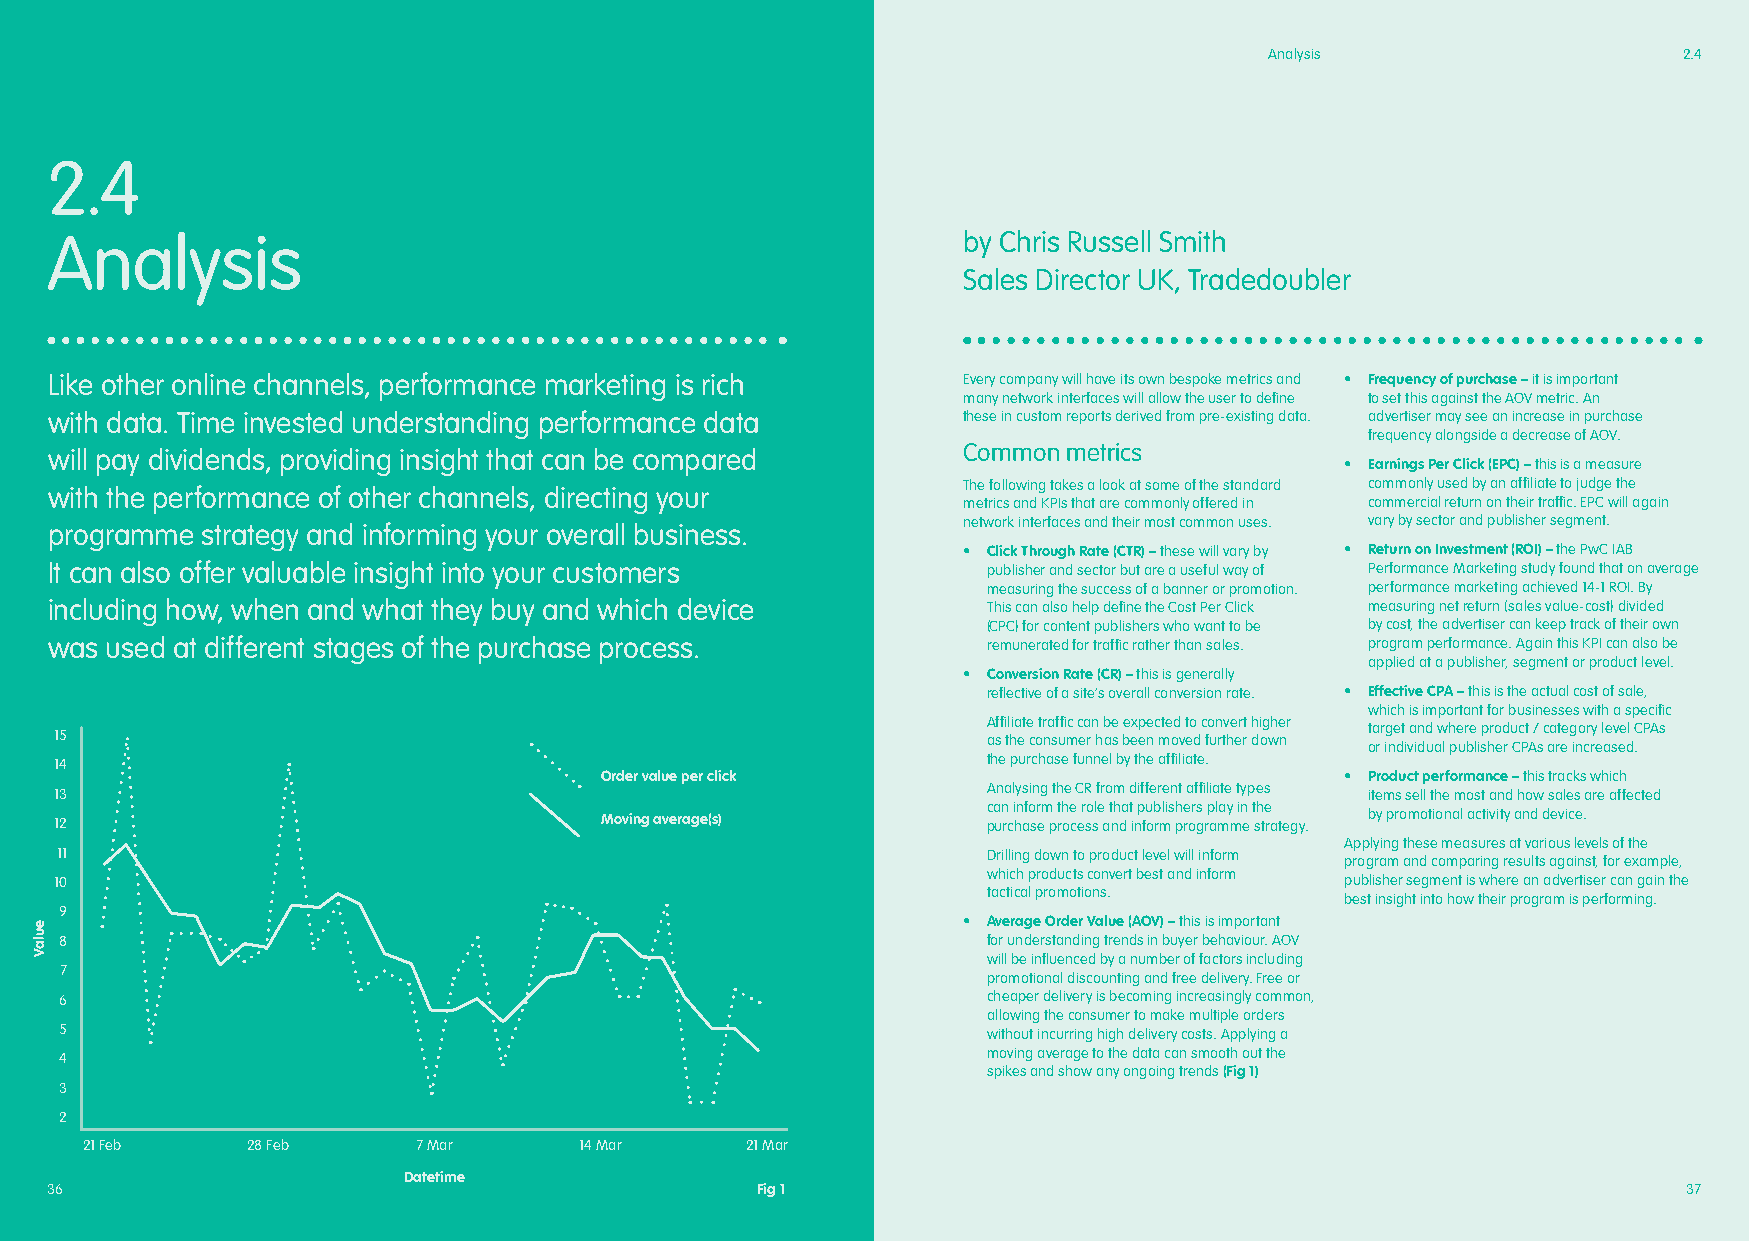
Analysis                   2.4
 2.4
 Analysis                                                     by Chris Russell Smith
 Sales Director UK, Tradedoubler
 Like other online channels, performance marketing is rich    Every company will have its own bespoke metrics and • Frequency of purchase – it is important
 many network interfaces will allow the user to define to set this against the AOV metric. An
 with data. Time invested understanding performance data      these in custom reports derived from pre-existing data. advertiser may see an increase in purchase
 frequency alongside a decrease of AOV.
 Common metrics
 will pay dividends, providing insight that can be compared
 • Earnings Per Click (EPC) – this is a measure
 The following takes a look at some of the standard commonly used by an affiliate to judge the
 with the performance of other channels, directing your
 metrics and KPIs that are commonly offered in commercial return on their traffic. EPC will again
 network interfaces and their most common uses. vary by sector and publisher segment.
 programme strategy and informing your overall business.
 • Click Through Rate (CTR) – these will vary by • Return on Investment (ROI) – the PwC IAB
 It can also offer valuable insight into your customers        publisher and sector but are a useful way of Performance Marketing study found that on average
 measuring the success of a banner or promotion. performance marketing achieved 14-1 ROI. By
 including how, when and what they buy and which device        This can also help define the Cost Per Click measuring net return (sales value-cost) divided
 (CPC) for content publishers who want to be by cost, the advertiser can keep track of their own
 was used at different stages of the purchase process.         remunerated for traffic rather than sales. program performance. Again this KPI can also be
 applied at a publisher, segment or product level.
 • Conversion Rate (CR) – this is generally
 reflective of a site’s overall conversion rate. • Effective CPA – this is the actual cost of sale,
 which is important for businesses with a specific
 Affiliate traffic can be expected to convert higher
 target and where product / category level CPAs
 15                                                           as the consumer has been moved further down
 or individual publisher CPAs are increased.
 14                                                           t he purchase funnel by the affiliate.
 Order value per click                            • Product performance – this tracks which
 13                                                           Analysing the CR from different affiliate types items sell the most and how sales are affected
 can inform the role that publishers play in the
 12                                  Moving average(s)        purchase process and inform programme strategy. by promotional activity and device.
 Applying these measures at various levels of the
 11                                                           Drilling down to product level will inform
 program and comparing results against, for example,
 which products convert best and inform
 10                                                                                   publisher segment is where an advertiser can gain the
 tactical promotions.
 best insight into how their program is performing.
 9
 • Average Order Value (AOV) – this is important
 8                                                            for understanding trends in buyer behaviour. AOV
 will be influenced by a number of factors including
 7
 promotional discounting and free delivery. Free or
 6                                                            cheaper delivery is becoming increasingly common,
 allowing the consumer to make multiple orders
 5                                                            without incurring high delivery costs. Applying a
 4                                                            moving average to the data can smooth out the
 spikes and show any ongoing trends (Fig 1)
 3
 2
 21 Feb     28 Feb      7 Mar     14 Mar     21 Mar
 Datetime
 36                                             Fig 1                                                         37
 eulaV